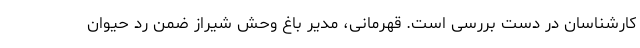
کارشناسان در دست بررسى است. قهرمانى، مدیر باغ وحش شیراز ضمن رد حیوان